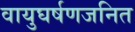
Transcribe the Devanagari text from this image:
वायुघर्षणजनित